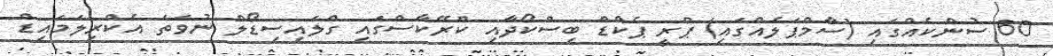
60 ސުންކެއްގައި (ސާމްޕަލެއްގައި) ޕްރީ ޕެކްޑް ބިސްކޯދާއި ކްރޭކާސްގައި ގްލައިސިޑޯލް ނުވަތަ އެކްރިލަމައިޑް